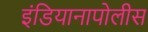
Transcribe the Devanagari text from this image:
इंडियानापोलीस